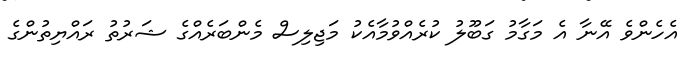
އެހެންވެ އޭނާ އެ މަގާމު ގަބޫލު ކުރެއްވުމާއެކު މަޖިލިސް މެންބަރެއްގެ ޝަރުތު ރައްޔިތުންގެ